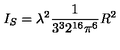
I _ { S } = \lambda ^ { 2 } \frac { 1 } { 3 ^ { 3 } 2 ^ { 1 6 } \pi ^ { 6 } } R ^ { 2 }